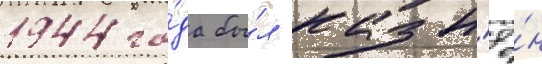
1944 го́да бы́л казн'ё́н